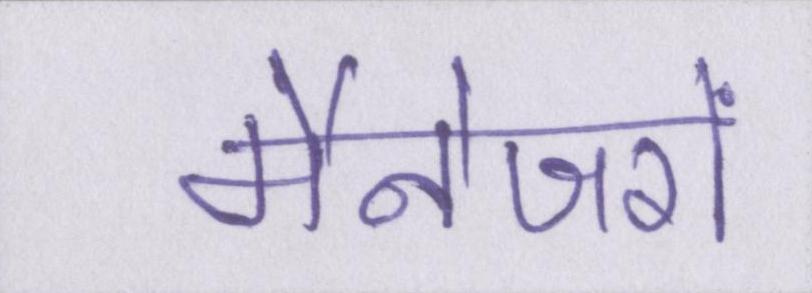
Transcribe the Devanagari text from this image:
मैनेजरों